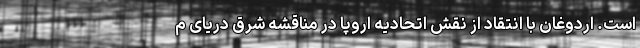
است. اردوغان با انتقاد از نقش اتحادیه اروپا در مناقشه شرق دریای م